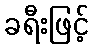
ခရီးဖြင့်